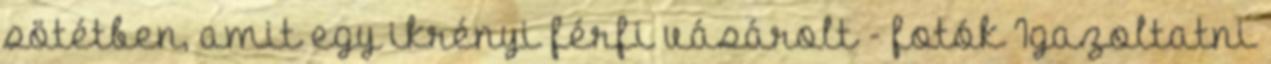
sötétben, amit egy ikrényi férfi vásárolt - fotók Igazoltatni